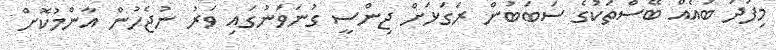
މިފަދަ ބައެއް ބޭސްތަކުގެ ސަބަބުން ރަގަޅަށް ޖިންސީ ގުނަވަނުގައި ވަރު ނުޖެހުން އާންމުކޮށް